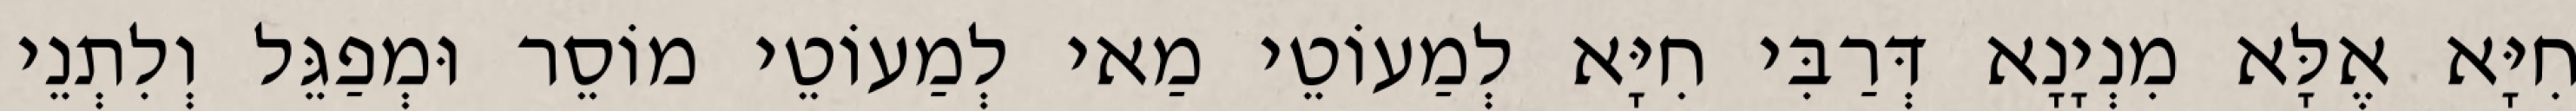
חִיָּא אֶלָּא מִנְיָנָא דְּרַבִּי חִיָּא לְמַעוֹטֵי מַאי לְמַעוֹטֵי מוֹסֵר וּמְפַגֵּל וְלִתְנֵי